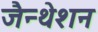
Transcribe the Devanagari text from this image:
जैन्थेशन